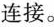
连接。